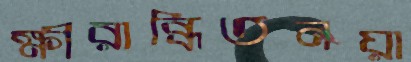
ক্ষীরাব্ধিতনয়া